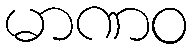
မာဏဝ